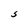
Character: S